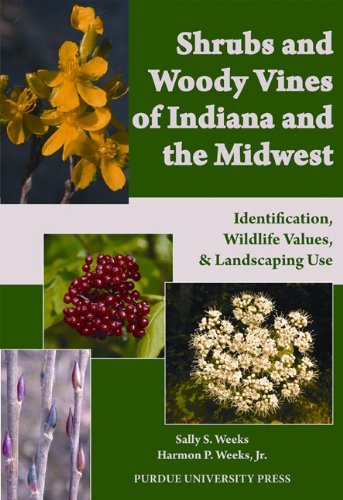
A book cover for Shrubs and Woody Vines of Indiana and the Midwest: Identification, Wildlife Values, and Landscaping Use; Sally S. Weeks; Science & Math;